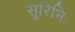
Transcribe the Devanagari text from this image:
सूरिभिः